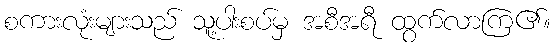
စကားလုံးများသည် သူ့ပါးစပ်မှ အစီအရီ ထွက်လာကြ၏။